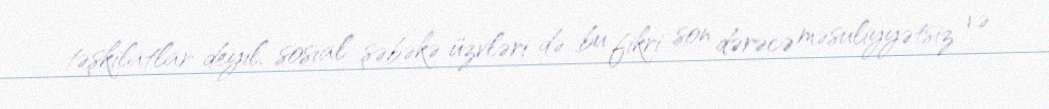
təşkilatlar deyil, sosial şəbəkə üzvləri də bu fikri son dərəcə məsuliyyətsiz və